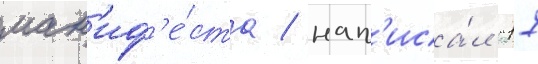
ман'иф'е́ста / нап'иса́л "17